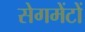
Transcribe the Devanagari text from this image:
सेगमेंटों